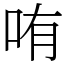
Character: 哊